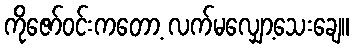
ကိုဇော်ဝင်းကတော့ လက်မလျှော့သေးချေ။